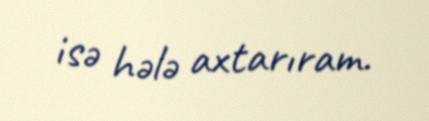
isə hələ axtarıram.